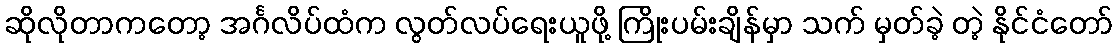
ဆိုလိုတာကတော့ အင်္ဂလိပ်ထံက လွတ်လပ်ရေးယူဖို့ ကြိုးပမ်းချိန်မှာ သက် မှတ်ခဲ့ တဲ့ နိုင်ငံတော်